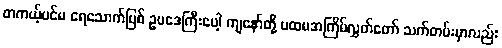
တကယ့်ပင်မ ရေသောက်မြစ် ဥပဒေကြီးပေါ့ ကျနော်တို့ ပထမအကြိမ်လွှတ်တော် သက်တမ်းမှာလည်း